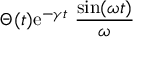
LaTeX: \Theta ( t ) \mathrm { e } ^ { - \gamma t } ~ { \frac { \sin ( \omega t ) } { \omega } }